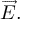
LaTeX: { \overrightarrow { E } } .